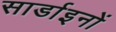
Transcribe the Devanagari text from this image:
सार्डाइनों